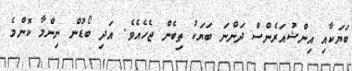
ބަޔަކާއި އިންޝުއަރެންސް ދަންނަ ބަޔަކު ތިބެން ޖެހެއެވެ. އަދި ބޯޑުން ނިންމާ ކޮންމެ